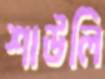
শাউলি